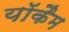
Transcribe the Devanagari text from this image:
यॉकैम